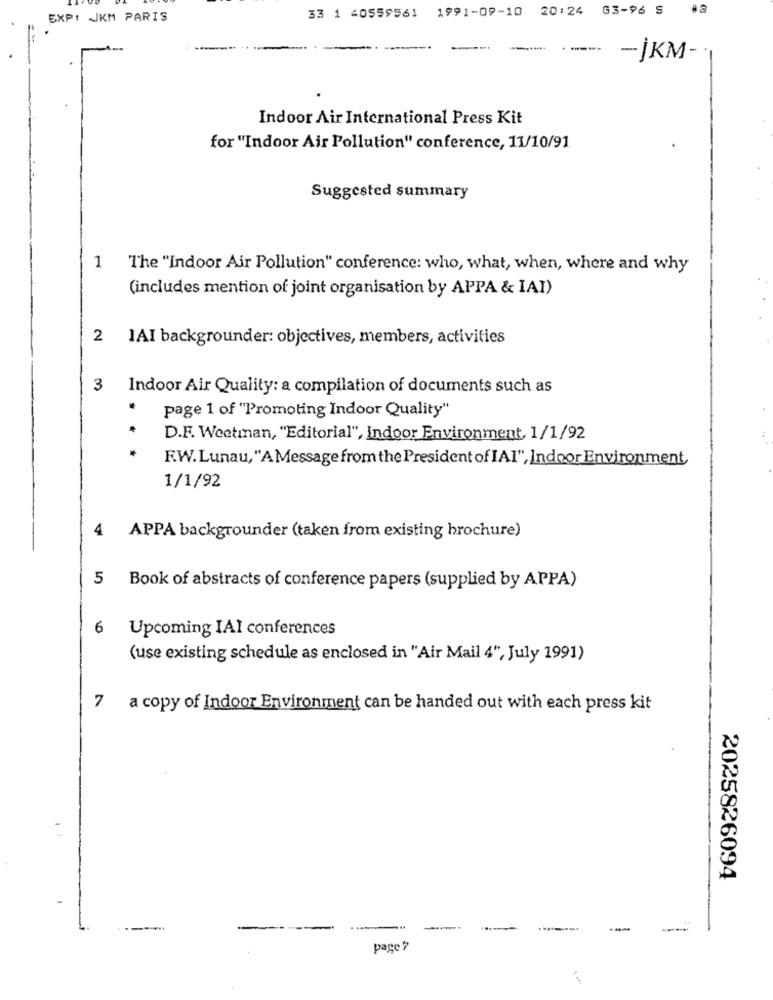
33 1 40559561 1991-09-10 20:24 63-96 5 #3
EXP: JKM PARIS
-----
-JKM-
Indoor Air International Press Kit
for "Indoor Air Pollution" conference, 11/10/91
Suggested summary
1 The "Indoor Air Pollution" conference: who, what, when, where and why
(includes mention of joint organisation by APPA & IAI)
JAI backgrounder: objectives, members, activities
3
Indoor Air Quality: a compilation of documents such as
page 1 of "Promoting Indoor Quality"
D.F. Weetman, "Editorial", Indoor Environment, 1/1/92
F.W. Lunau, "A Message from the President of IAI", Indoor Environment,
1/1/92
4 APPA backgrounder (taken from existing brochure)
5 Book of abstracts of conference papers (supplied by APPA)
6 Upcoming IAI conferences
(use existing schedule as enclosed in "Air Mail 4", July 1991)
7 a copy of Indoor Environment can be handed out with each press kit
2025826094
page ?